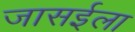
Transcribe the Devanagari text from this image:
जासईला